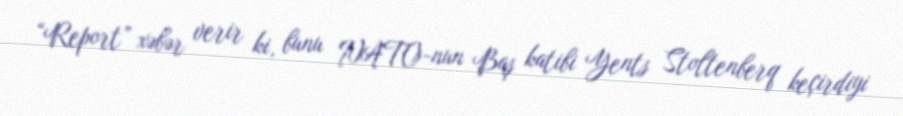
“Report” xəbər verir ki, bunu NATO-nun Baş katibi Yents Stoltenberq keçirdiyi